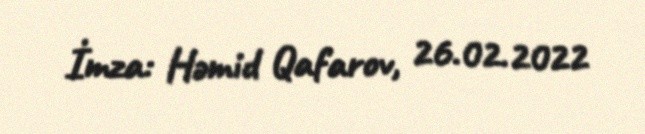
İmza: Həmid Qafarov, 26.02.2022